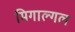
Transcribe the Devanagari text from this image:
मिगाल्गल